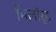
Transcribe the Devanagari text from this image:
मिलॉर्ड